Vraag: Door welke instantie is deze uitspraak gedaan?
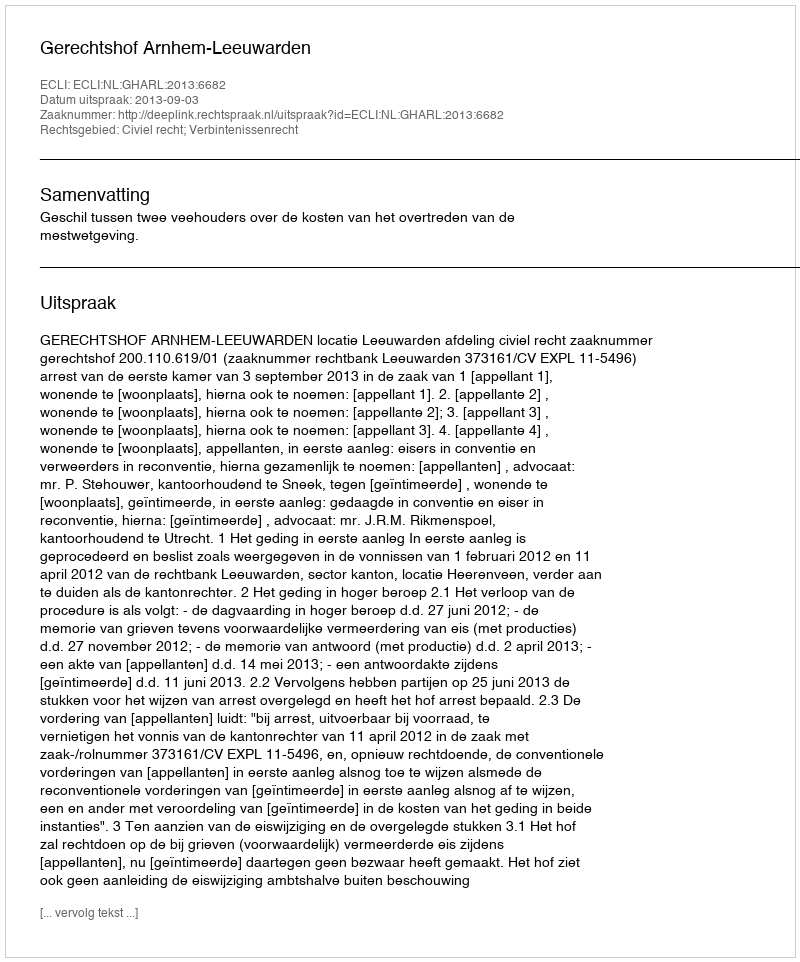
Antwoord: Gerechtshof Arnhem-Leeuwarden